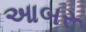
આબરૂ